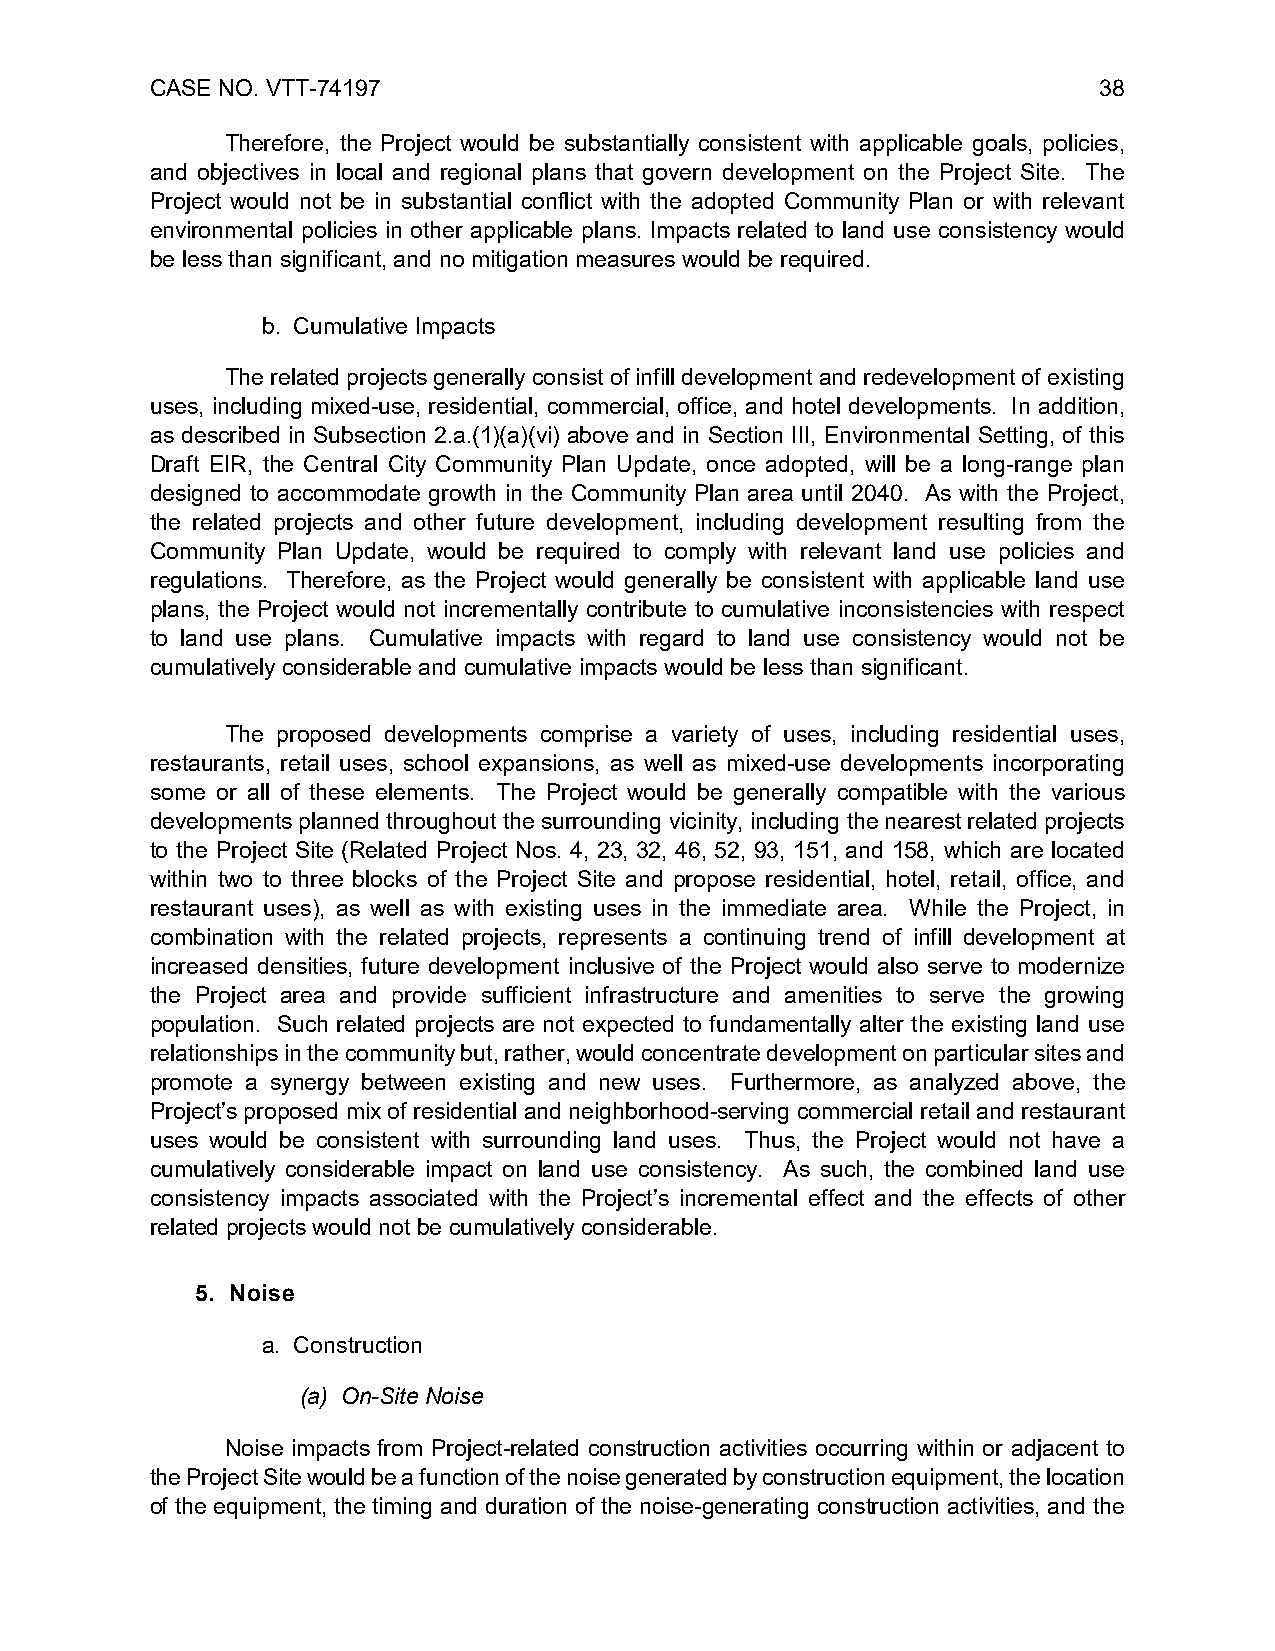
CASE NO. VTT-74197                                             38
 Therefore, the Project would be substantially consistent with applicable goals, policies,
 and objectives in local and regional plans that govern development on the Project Site. The
 Project would not be in substantial conflict with the adopted Community Plan or with relevant
 environmental policies in other applicable plans. Impacts related to land use consistency would
 be less than significant, and no mitigation measures would be required.
 b. Cumulative Impacts
 The related projects generally consist of infill development and redevelopment of existing
 uses, including mixed-use, residential, commercial, office, and hotel developments. In addition,
 as described in Subsection 2.a.(1)(a)(vi) above and in Section III, Environmental Setting, of this
 Draft EIR, the Central City Community Plan Update, once adopted, will be a long-range plan
 designed to accommodate growth in the Community Plan area until 2040. As with the Project,
 the related projects and other future development, including development resulting from the
 Community Plan Update, would be required to comply with relevant land use policies and
 regulations. Therefore, as the Project would generally be consistent with applicable land use
 plans, the Project would not incrementally contribute to cumulative inconsistencies with respect
 to land use plans. Cumulative impacts with regard to land use consistency would not be
 cumulatively considerable and cumulative impacts would be less than significant.
 The proposed developments comprise a variety of uses, including residential uses,
 restaurants, retail uses, school expansions, as well as mixed-use developments incorporating
 some or all of these elements. The Project would be generally compatible with the various
 developments planned throughout the surrounding vicinity, including the nearest related projects
 to the Project Site (Related Project Nos. 4, 23, 32, 46, 52, 93, 151, and 158, which are located
 within two to three blocks of the Project Site and propose residential, hotel, retail, office, and
 restaurant uses), as well as with existing uses in the immediate area. While the Project, in
 combination with the related projects, represents a continuing trend of infill development at
 increased densities, future development inclusive of the Project would also serve to modernize
 the Project area and provide sufficient infrastructure and amenities to serve the growing
 population. Such related projects are not expected to fundamentally alter the existing land use
 relationships in the community but, rather, would concentrate development on particular sites and
 promote a synergy between existing and new uses. Furthermore, as analyzed above, the
 Project’s proposed mix of residential and neighborhood-serving commercial retail and restaurant
 uses would be consistent with surrounding land uses. Thus, the Project would not have a
 cumulatively considerable impact on land use consistency. As such, the combined land use
 consistency impacts associated with the Project’s incremental effect and the effects of other
 related projects would not be cumulatively considerable.
 5. Noise
 a. Construction
 (a) On-Site Noise
 Noise impacts from Project-related construction activities occurring within or adjacent to
 the Project Site would be a function of the noise generated by construction equipment, the location
 of the equipment, the timing and duration of the noise-generating construction activities, and the